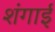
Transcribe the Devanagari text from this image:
शंगाई